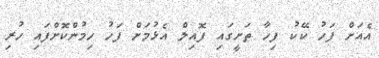
އެއަށް ފަހު ކޭކު ފިހާ ތަށީގައި ފޮއިލް އެޅުމަށް ފަހު ހިމުންކޮށްފައި ހުރި